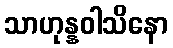
သာဟုန္နဝါသိနော